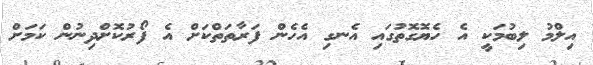
އިލްމު ލިބުމަކީ އެ ހެޔޮގޮތުގައި އެނގި އެހެން ފަރާތަތްކަށް އެ ފޯރުކޮށްދިނުން ކަމަށް